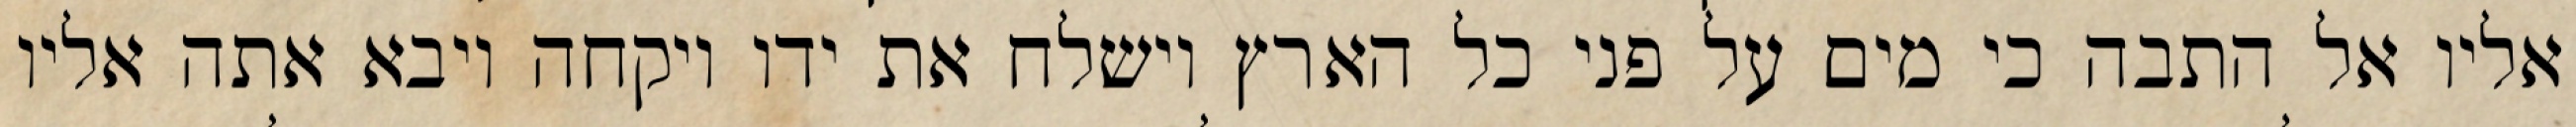
אליו אל התבה כי מים על פני כל הארץ וישלח את ידו ויקחה ויבא אתה אליו